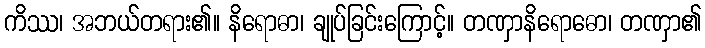
ကိဿ၊ အဘယ်တရား၏။ နိရောဓာ၊ ချုပ်ခြင်းကြောင့်။ တဏှာနိရောဓော၊ တဏှာ၏